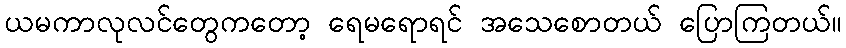
ယမကာလုလင်တွေကတော့ ရေမရောရင် အသေစောတယ် ပြောကြတယ်။